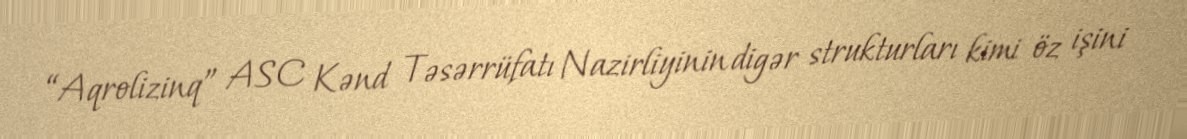
“Aqrolizinq” ASC Kənd Təsərrüfatı Nazirliyinin digər strukturları kimi öz işini